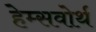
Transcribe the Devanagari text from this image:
हेम्सवोर्थ